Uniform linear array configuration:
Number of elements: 4
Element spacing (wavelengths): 1
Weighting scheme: binomial
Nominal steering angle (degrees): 45
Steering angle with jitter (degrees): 44.916
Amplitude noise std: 0.05
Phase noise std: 0.05

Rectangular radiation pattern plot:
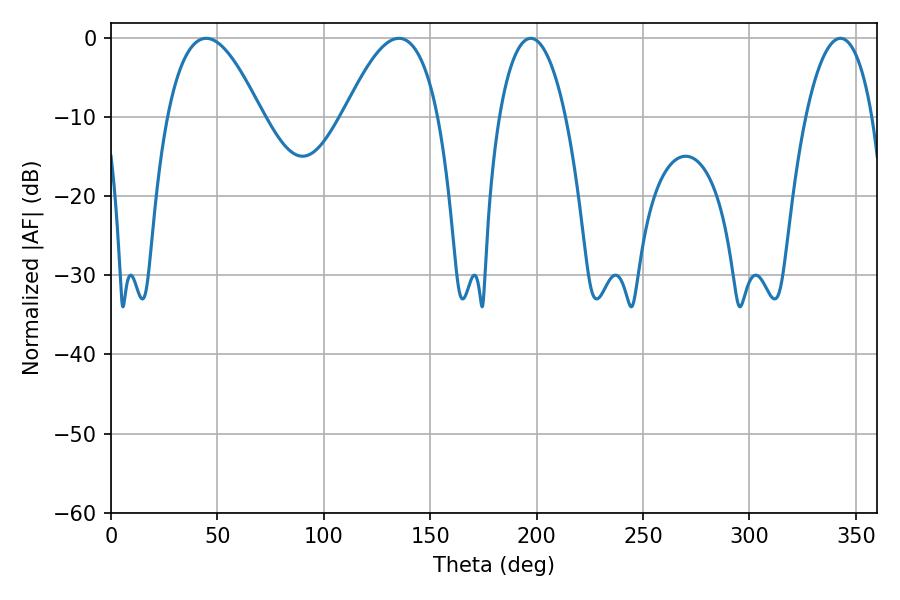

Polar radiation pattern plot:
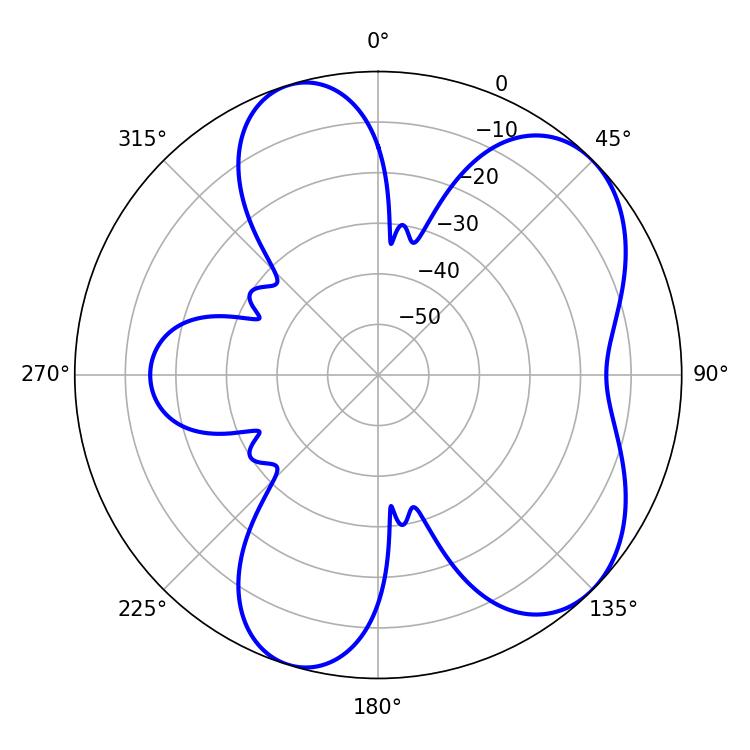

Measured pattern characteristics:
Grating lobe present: TRUE
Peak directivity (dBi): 6.299
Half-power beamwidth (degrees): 17.64
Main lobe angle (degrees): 197.28